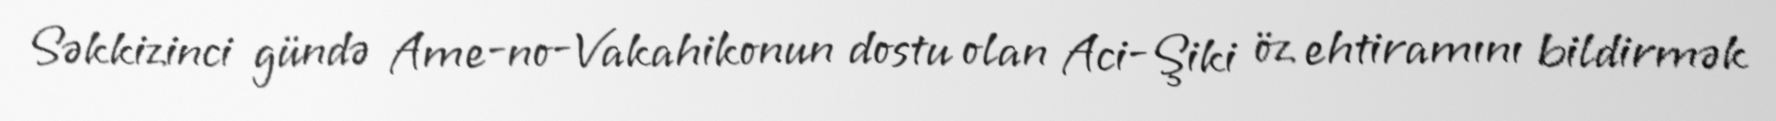
Səkkizinci gündə Ame-no-Vakahikonun dostu olan Aci-Şiki öz ehtiramını bildirmək